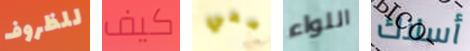
للظروف كيف معي اللواء أسلاك